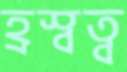
হ্রস্বত্ব